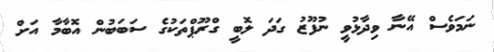
ނަމަވެސް އޭނާ ވިދާޅުވީ ނުފޫޒު ގަދަ ލޮބީ ގްރޫޕްތަކުގެ ސަބަބުން އޮބާމާ އަށް